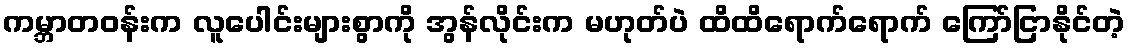
ကမ္ဘာတဝန်းက လူပေါင်းများစွာကို အွန်လိုင်းက မဟုတ်ပဲ ထိထိရောက်ရောက် ကြော်ငြာနိုင်တဲ့